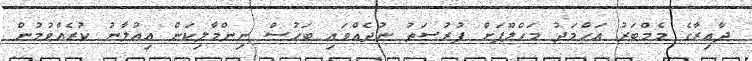
ދާއިރާގެ މެމްބަރު އަހްމަދު މަހްލޫފަށް ފުރުސަތު ނުދެއްވައި ބަހުސް ނިންމާލިކަން އިއުލާނު ކުރެއްވުމުން